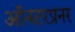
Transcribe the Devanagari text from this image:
ऑनटरप्रनर